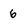
Character: 6